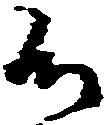
候